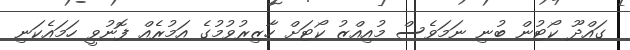
ގައްދޫ ކޯޓުން ބުނި ނަމަވެސް މުއިއްޒު ކޯޓަށް ހާޒިރުވުމުގެ އަމުރެއް ފޮނުވީ ހަމައެކަނި